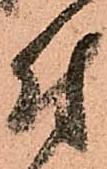
付